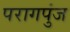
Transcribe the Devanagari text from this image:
परागपुंज